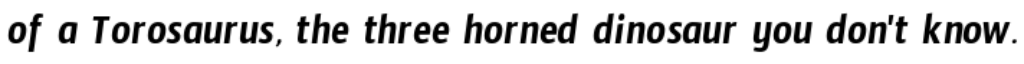
of a Torosaurus, the three horned dinosaur you don't know.